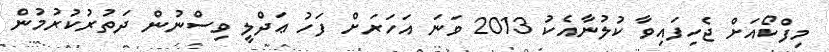
މިފްކޯއަށް ޖެހިފައިވާ ކުލުނާއެކު 2013 ވަނަ އަހަރަށް ފަހު ޢަދްލީ ވިސްނުން ދަތުރުކުރުމުން